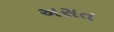
અસત